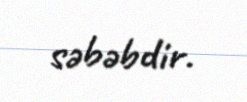
səbəbdir.